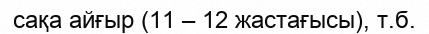
сақа айғыр (11 – 12 жастағысы), т.б.